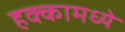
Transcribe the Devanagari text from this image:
हक्कामध्ये